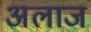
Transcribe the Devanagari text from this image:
अलाज